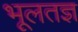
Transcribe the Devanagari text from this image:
भूलतज्ञ